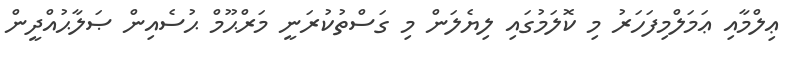
ޢިލްމާއި ޢަމަލްމިފަހަރު މި ކޮލަމުގައި ލިޔެލަން މި ގަސްތުކުރަނީ މަރްޙޫމް ޙުސެއިން ޞަލާޙުއްދީން